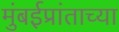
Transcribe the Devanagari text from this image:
मुंबईप्रांताच्या